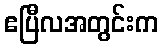
ဧပြီလအတွင်းက